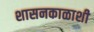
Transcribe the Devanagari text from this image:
शासनकाळाशी